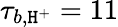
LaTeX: \tau_{b,\mathtt{H}^{+}}=11